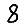
Digit: 8